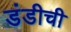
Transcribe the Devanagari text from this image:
डंडीची